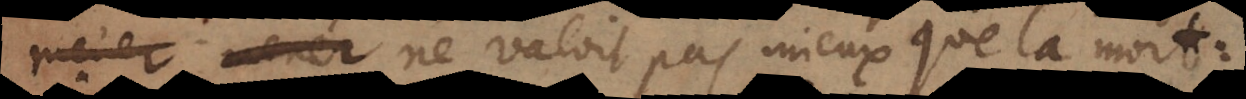
ne valoit pas mieux que la mort: